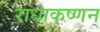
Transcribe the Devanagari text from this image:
राधाकष्णन्